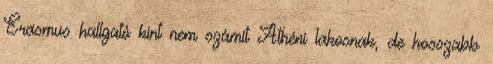
Erasmus hallgató kint nem számít Athéni lakosnak, de hosszabb